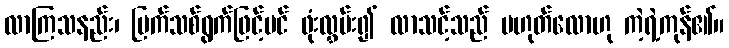
လာကြသနည်း၊ မြက်သစ်ရွက်ဖြင့်ပင် ဖုံးလွှမ်း၍ လာသင့်သည် မဟုတ်လောဟု ကဲ့ရဲ့ကုန်၏။